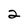
Character: 2